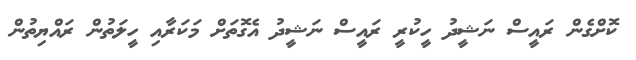
ކޮށްގެން ރައީސް ނަޝީދު ހީކުރީ ރައީސް ނަޝީދު އެގޮތަށް މަކަރާއި ހީލަތުން ރައްޔިތުން